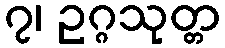
၇၊ ဥဂ္ဂသုတ္တ